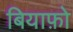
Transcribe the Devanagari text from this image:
बियाफ़ो